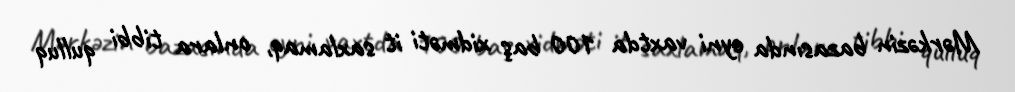
Mərkəzin bazasında eyni vaxtda 100 baş xidməti it saxlamaq, onlara tibbi qulluq